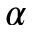
\alpha